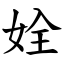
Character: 姾